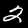
Label: 2